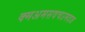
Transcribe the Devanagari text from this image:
क्मअमसवचउमदज